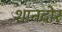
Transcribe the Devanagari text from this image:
शानदोर